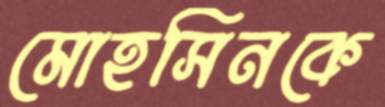
মোহসিনকে